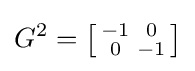
G^{2}=\left[{\begin{smallmatrix}-1&0\\0&-1\end{smallmatrix}}\right]